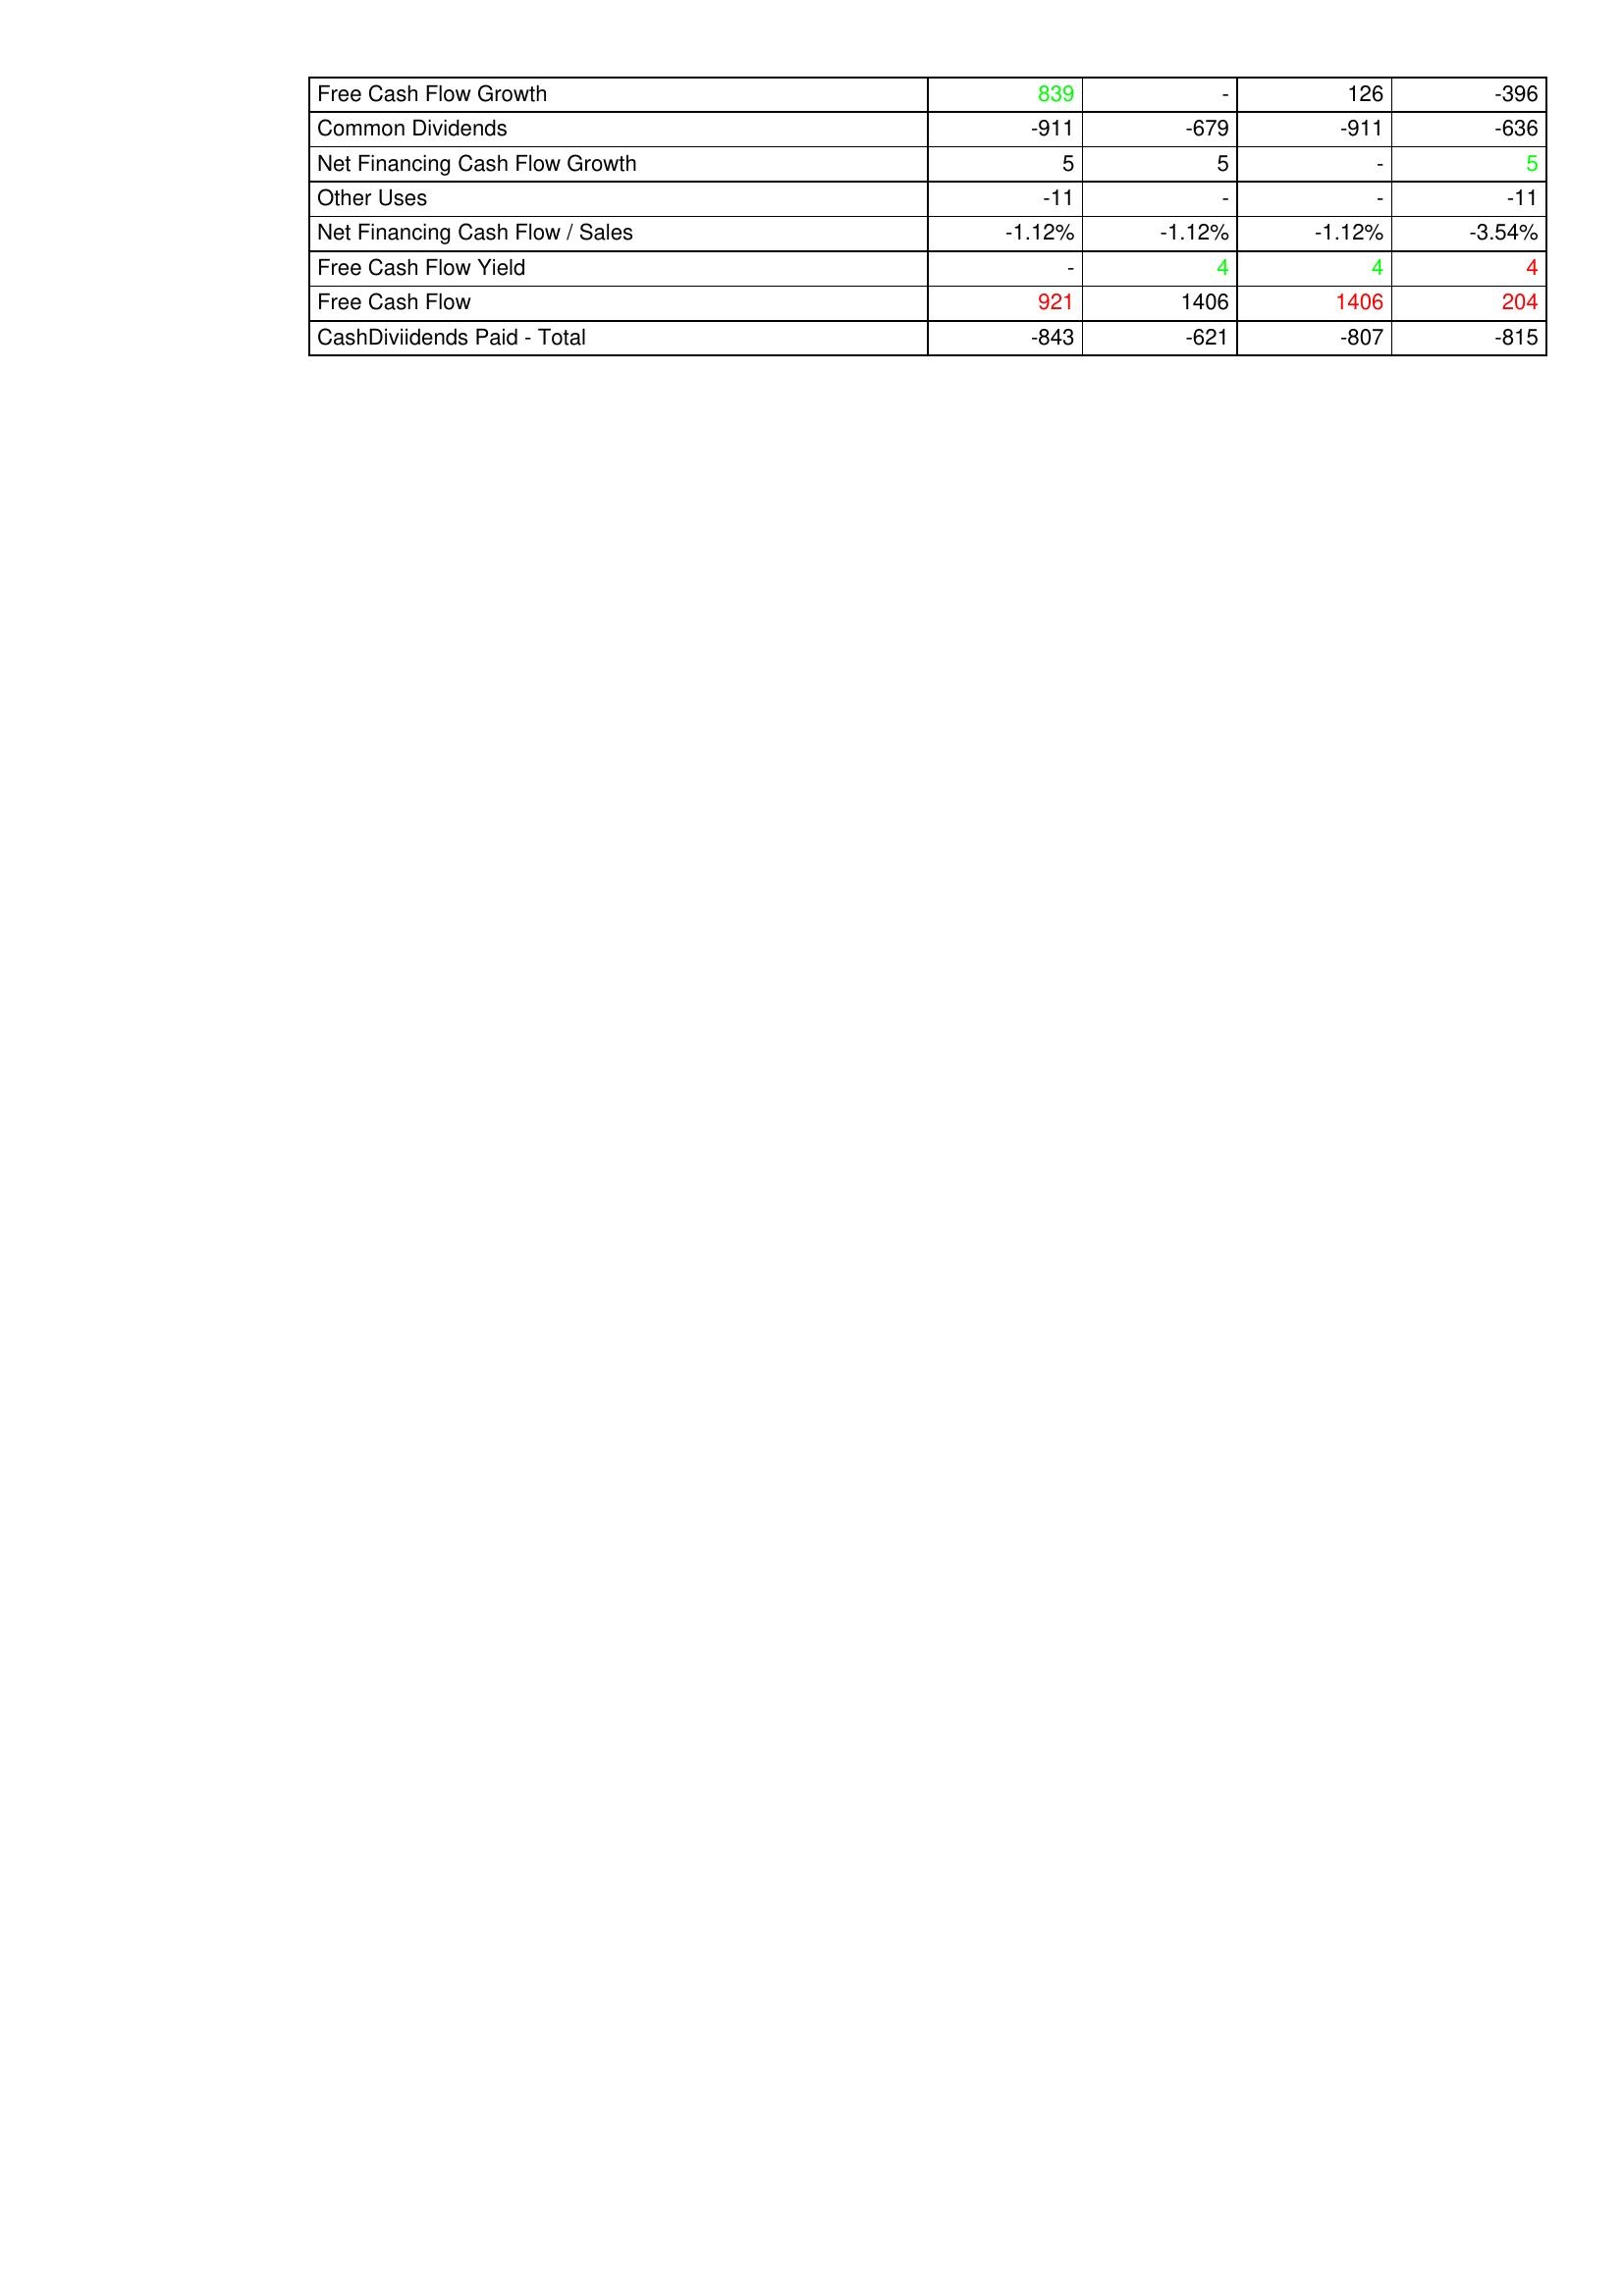
gt_parse: 2008: Financing Activities: Free Cash Flow Growth: 839
Common Dividends: -911
Net Financing Cash Flow Growth: 5
Other Uses: -11
Net Financing Cash Flow / Sales: -1.12%
Free Cash Flow Yield: -
Free Cash Flow: 921
CashDiviidends Paid - Total: -843
2009: Financing Activities: Free Cash Flow Growth: -
Common Dividends: -679
Net Financing Cash Flow Growth: 5
Other Uses: -
Net Financing Cash Flow / Sales: -1.12%
Free Cash Flow Yield: 4
Free Cash Flow: 1406
CashDiviidends Paid - Total: -621
2010: Financing Activities: Free Cash Flow Growth: 126
Common Dividends: -911
Net Financing Cash Flow Growth: -
Other Uses: -
Net Financing Cash Flow / Sales: -1.12%
Free Cash Flow Yield: 4
Free Cash Flow: 1406
CashDiviidends Paid - Total: -807
2011: Financing Activities: Free Cash Flow Growth: -396
Common Dividends: -636
Net Financing Cash Flow Growth: 5
Other Uses: -11
Net Financing Cash Flow / Sales: -3.54%
Free Cash Flow Yield: 4
Free Cash Flow: 204
CashDiviidends Paid - Total: -815